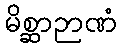
မိစ္ဆာဉာဏံ